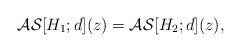
LaTeX: \begin{align*}\mathcal{AS}[H_1; d](z)= \mathcal{AS}[H_2; d](z),\end{align*}